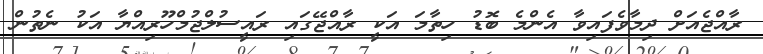
ރާއްޖެއަށް ދިމާވެފައިވާ އެންމެ ބޮޑު ހިތާމަ އަކީ ރާއްޖޭގައި ރައީސުލްޖުމްހޫރިއްޔާ އަކު ނެތުން